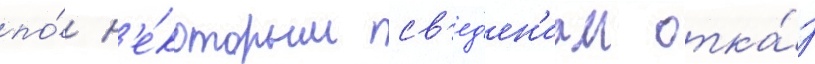
по́ н'е́которым св'ед'ен'иам отка́з